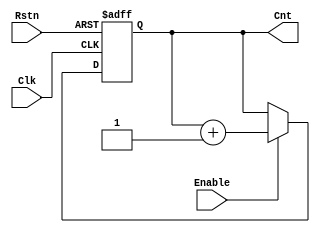
//======================================================
// Copyright (C) 2020 By 
// All Rights Reserved
//======================================================
// Module : 
// Author : 
// Contact : 
// Date : 
//=======================================================
// Description :
//========================================================
module CPM_CNT #(
    parameter DW = 8
) (
    input            Clk   ,
    input            Rstn  ,
    input            Enable,

    output [DW -1:0] Cnt
);
  reg [DW -1:0] cnt_reg;
  assign Cnt = cnt_reg;
  always @ ( posedge Clk or negedge Rstn )begin
    if( ~Rstn )
      cnt_reg <= 'd0;
    else if( Enable )
      cnt_reg <= cnt_reg + 1'd1;
  end
endmodule